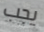
يجب